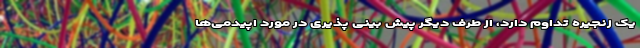
یک زنجیره تداوم دارد، از طرف دیگر پیش بینی پذیری در مورد اپیدمی‌ها